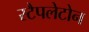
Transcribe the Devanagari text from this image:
स्टैपलेटोन